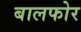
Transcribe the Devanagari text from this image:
बालफोर